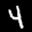
Label: 4